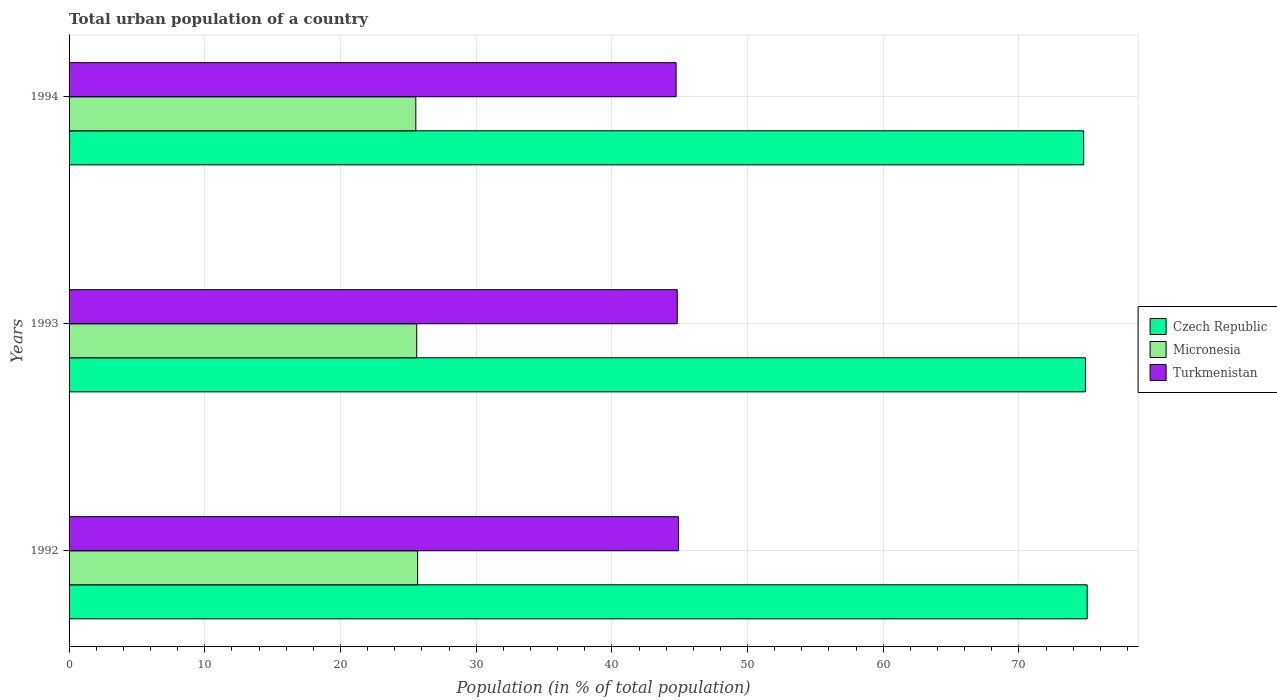
| Years | Czech Republic | Micronesia | Turkmenistan |
 | --- | --- | --- | --- |
 | 1992 | 75 | 25.7 | 44.9 |
 | 1993 | 74.9 | 25.6 | 44.8 |
 | 1994 | 74.8 | 25.6 | 44.7 |